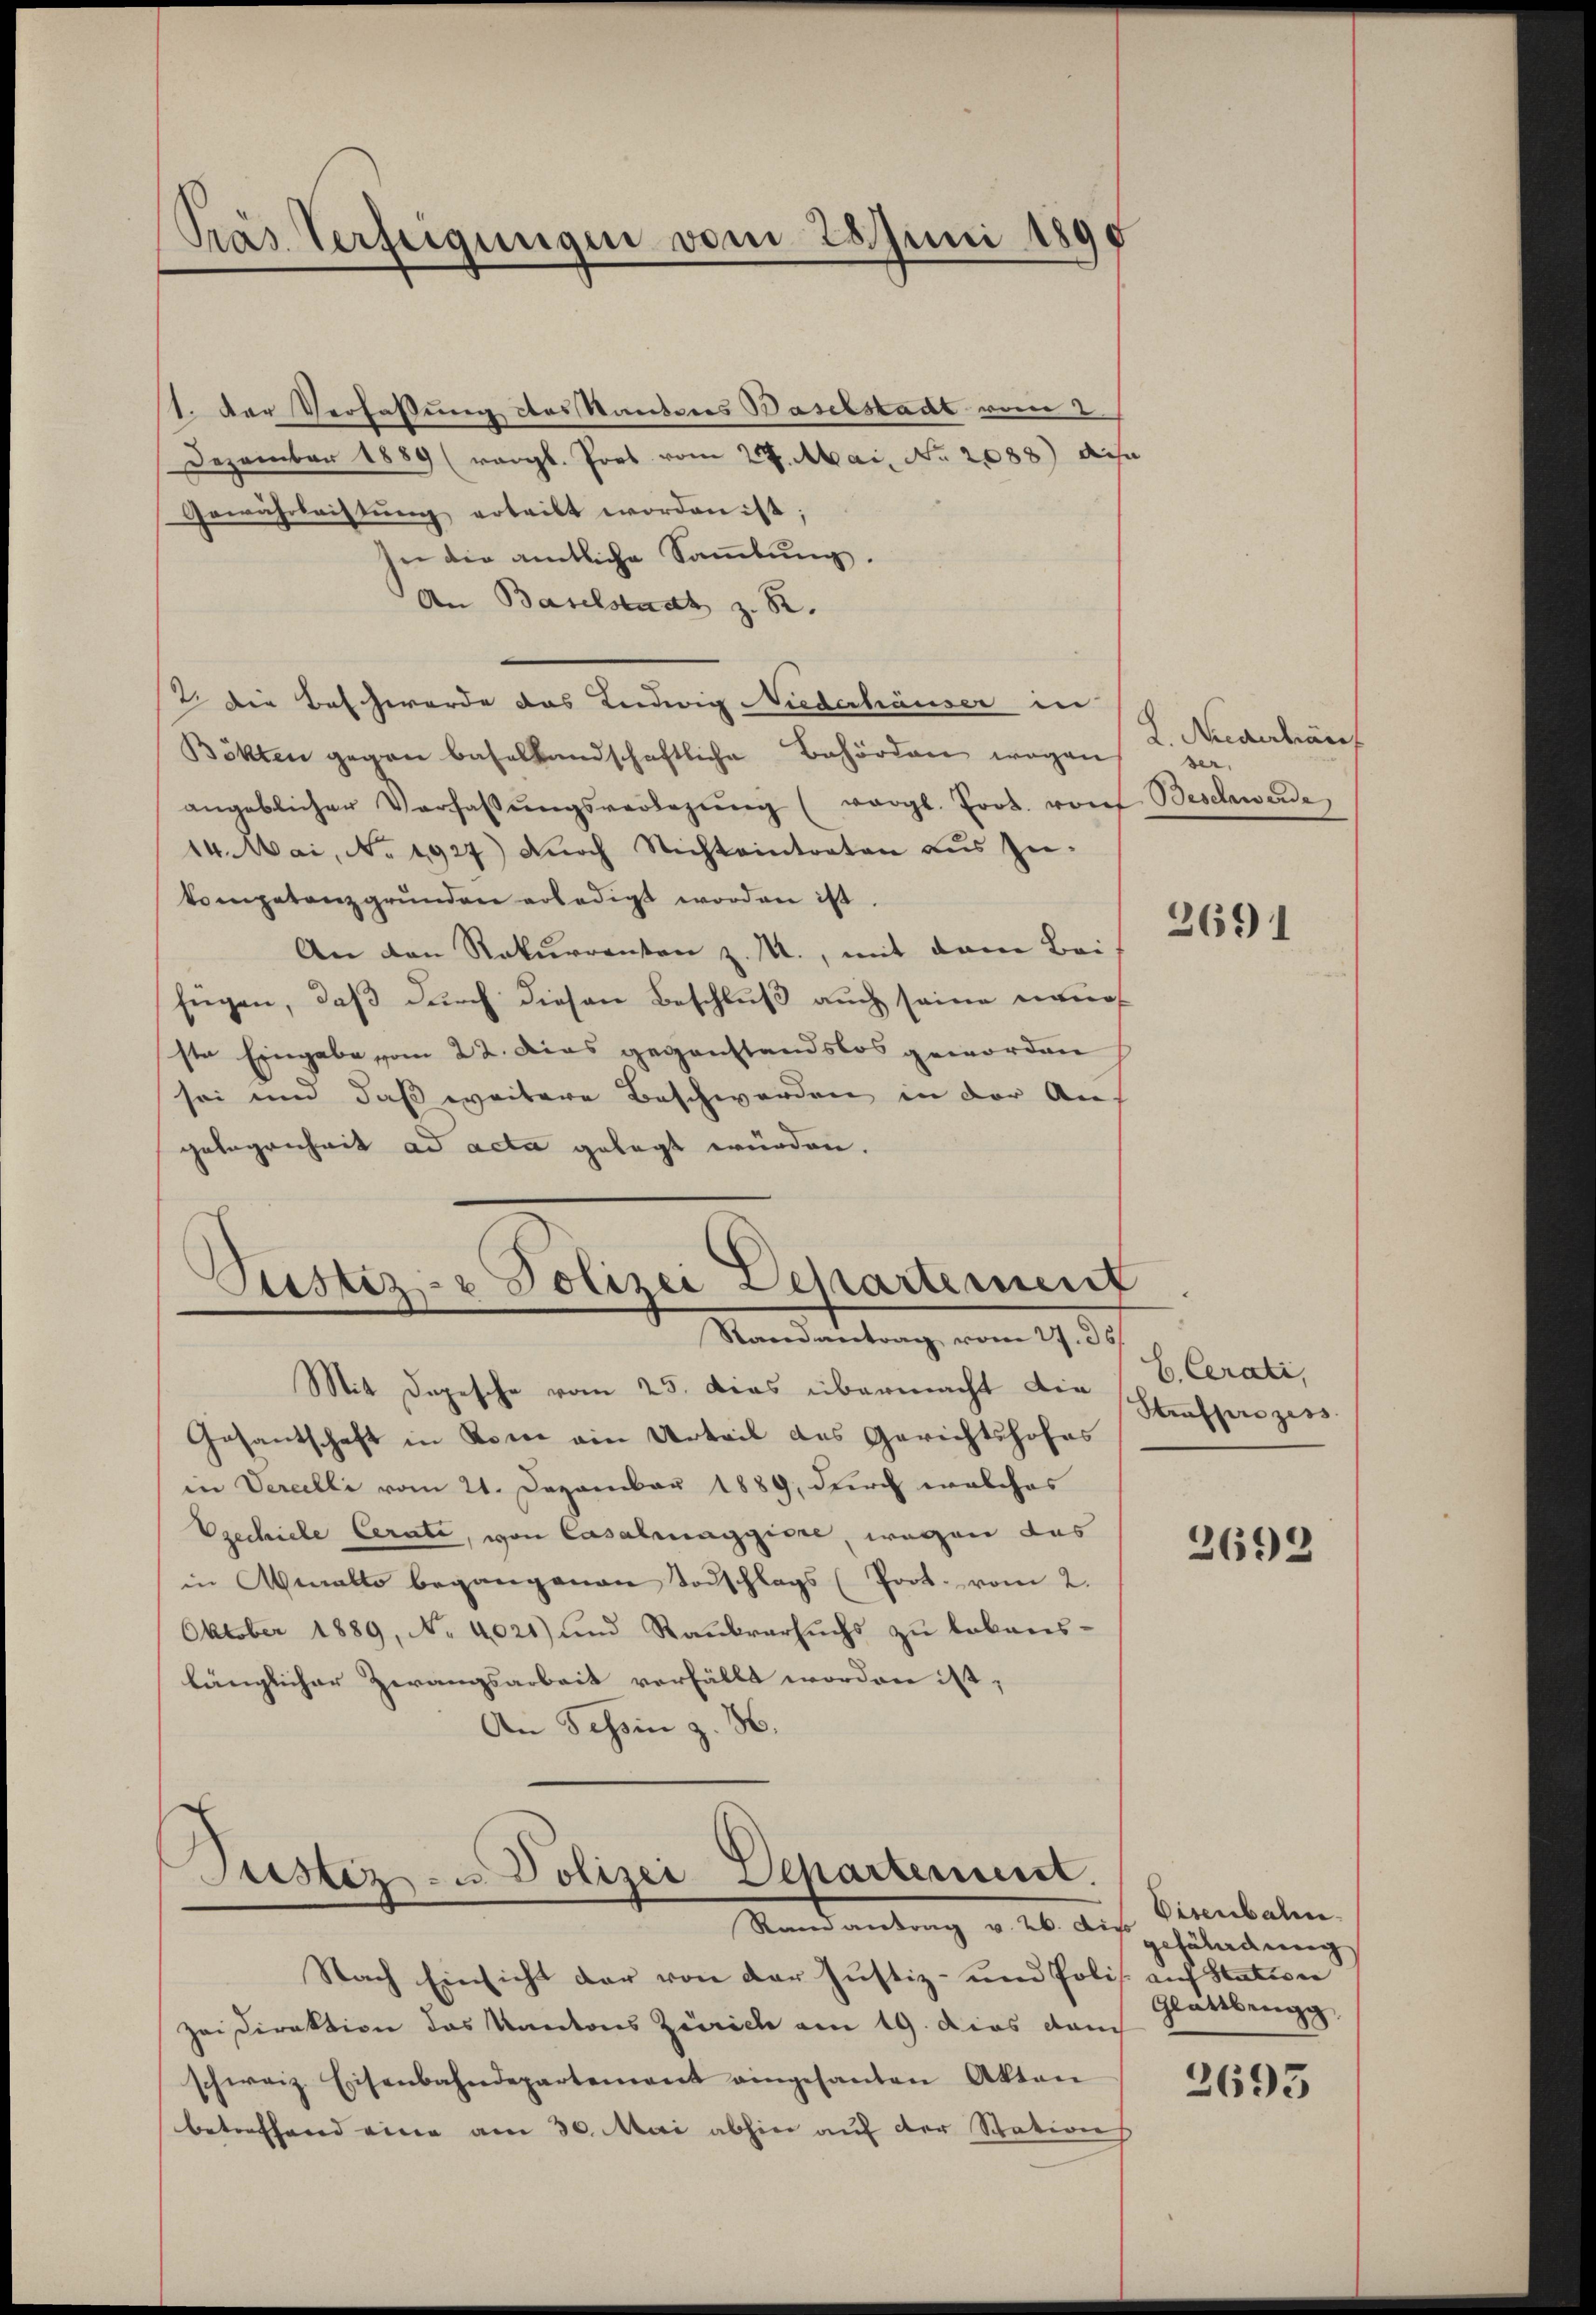
Präs. Verfeigungen vom 28 Juni 1890

1. Der Verfassung des Standeres Baselstadt vom 2.
Dezember 1889 (vergl. Pros vom 27. Mai, No. 2088) di
Gewährleistŭng erteilt worden ist;
nn die amtliche Sammlung.
An Baselstadt z. R.
2 die Beschwerde das Ludwig Niederhäuser in
Bökten gegen basellandschaftliche Behörden wegen,
angeblicher Verfassŭngsverlegŭng (vergl. Prot. von Beschwerde
14. Mai, No. 1927) Durch Nichteintreten aŭs zŭ-
kompetenz grŭnden erledigt worden ist.
An den Rekurrenten z. R., mit dem Bei
fügen, daß durch diesen Beschluß auch seine neue
ste Eingabe vom 22. Dies gegenstandslos geworden
sei und daß weitere Beschwerden in der Auf
gelegenheit ad acta gelegt würden.

Justiz- & Polizei Departement
Stand antrag vom 27. 35
Mit Depesche vom 25. Das übermacht die

Justiz- u. Polizei Departement.
Randantrag v. 26. die

Gesantschaft in Bone ein Urteil des Gerichtshofes
in Veralli vom 21. Dezember 1889, durch welches
Ezechiele Cerate, von Casalmaggiore, wegen das
in Abmatto begangenen Todschlags (Poot. vom 2.
Oktober 1889, No 4021) und Raubvarsuchs zu lebens-
länglicher Zwangsarbeit verfällt worden ist,
An Schin z. B.

L. Nidehäuf
ser,

Nach Einsicht der von der Justiz- und Polis. auf Station
Zei Direktion das Kantons Zürich am 19. dies dam
schweiz. Eisenbahndepartement eingesanten Akten
betreffend eine am 30. Mai abhin auf der Stations

2691

C. Cerati,
Strafsanzess

2692

Eisenbahn.
schäladung
Glattbengg

2693